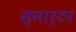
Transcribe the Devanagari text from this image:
स्मार्टर